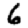
Digit: 6